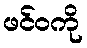
ဖင်ဝကို